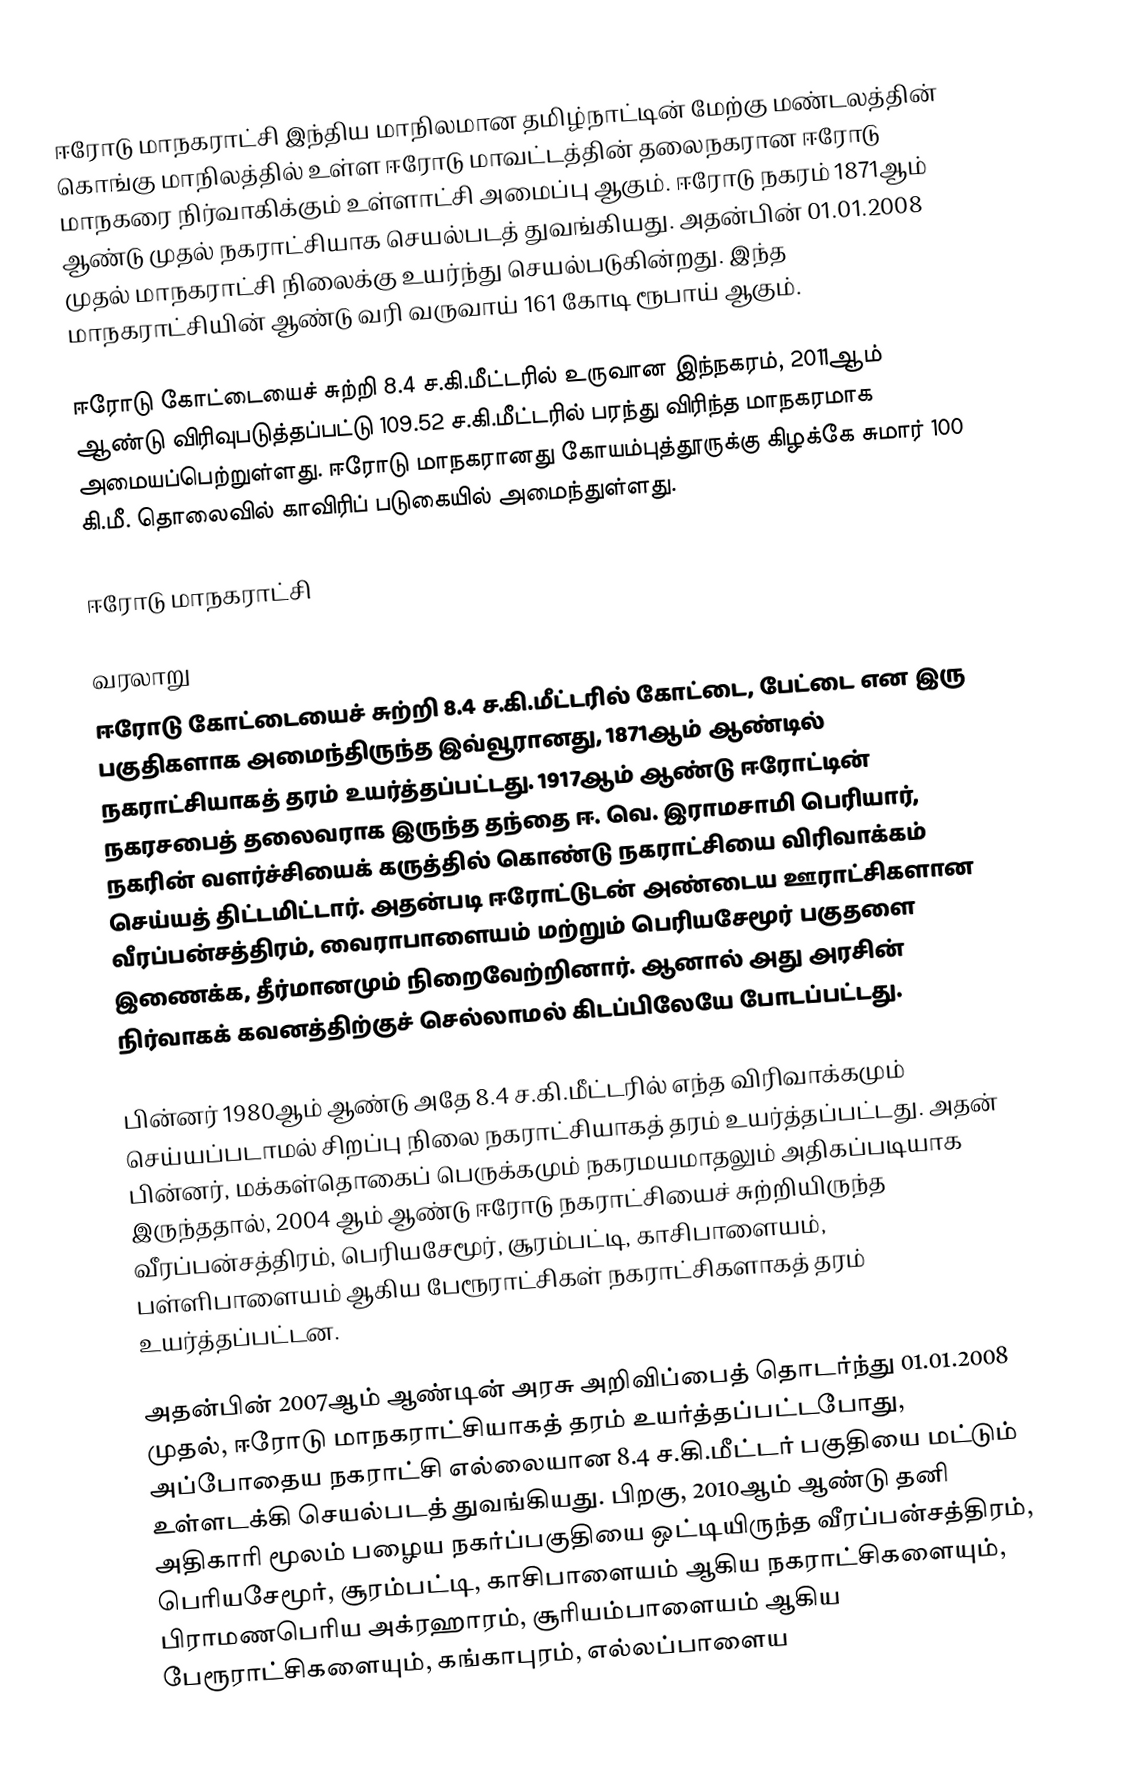
ஈரோடு மாநகராட்சி இந்திய மாநிலமான தமிழ்நாட்டின் மேற்கு மண்டலத்தின் கொங்கு மாநிலத்தில் உள்ள ஈரோடு மாவட்டத்தின் தலைநகரான ஈரோடு மாநகரை நிர்வாகிக்கும் உள்ளாட்சி அமைப்பு ஆகும். ஈரோடு நகரம் 1871ஆம் ஆண்டு முதல் நகராட்சியாக செயல்படத் துவங்கியது. அதன்பின் 01.01.2008 முதல் மாநகராட்சி நிலைக்கு உயர்ந்து செயல்படுகின்றது. இந்த மாநகராட்சியின் ஆண்டு வரி வருவாய் 161 கோடி ரூபாய் ஆகும்.

ஈரோடு கோட்டையைச் சுற்றி 8.4 ச.கி.மீட்டரில் உருவான இந்நகரம், 2011ஆம் ஆண்டு விரிவுபடுத்தப்பட்டு 109.52 ச.கி.மீட்டரில் பரந்து விரிந்த மாநகரமாக அமையப்பெற்றுள்ளது. ஈரோடு மாநகரானது கோயம்புத்தூருக்கு கிழக்கே சுமார் 100 கி.மீ. தொலைவில் காவிரிப் படுகையில் அமைந்துள்ளது.

ஈரோடு மாநகராட்சி

வரலாறு
ஈரோடு கோட்டையைச் சுற்றி 8.4 ச.கி.மீட்டரில் கோட்டை, பேட்டை என இரு பகுதிகளாக அமைந்திருந்த இவ்வூரானது, 1871ஆம் ஆண்டில் நகராட்சியாகத் தரம் உயர்த்தப்பட்டது. 1917ஆம் ஆண்டு ஈரோட்டின் நகரசபைத் தலைவராக இருந்த தந்தை ஈ. வெ. இராமசாமி பெரியார், நகரின் வளர்ச்சியைக் கருத்தில் கொண்டு நகராட்சியை விரிவாக்கம் செய்யத் திட்டமிட்டார். அதன்படி ஈரோட்டுடன் அண்டைய ஊராட்சிகளான வீரப்பன்சத்திரம், வைராபாளையம் மற்றும் பெரியசேமூர் பகுதளை இணைக்க, தீர்மானமும் நிறைவேற்றினார். ஆனால் அது அரசின் நிர்வாகக் கவனத்திற்குச் செல்லாமல் கிடப்பிலேயே போடப்பட்டது.

பின்னர் 1980ஆம் ஆண்டு அதே 8.4 ச.கி.மீட்டரில் எந்த விரிவாக்கமும் செய்யப்படாமல் சிறப்பு நிலை நகராட்சியாகத் தரம் உயர்த்தப்பட்டது. அதன் பின்னர், மக்கள்தொகைப் பெருக்கமும் நகரமயமாதலும் அதிகப்படியாக இருந்ததால், 2004 ஆம் ஆண்டு ஈரோடு நகராட்சியைச் சுற்றியிருந்த வீரப்பன்சத்திரம், பெரியசேமூர், சூரம்பட்டி, காசிபாளையம், பள்ளிபாளையம் ஆகிய பேரூராட்சிகள் நகராட்சிகளாகத் தரம் உயர்த்தப்பட்டன.

அதன்பின் 2007ஆம் ஆண்டின் அரசு அறிவிப்பைத் தொடர்ந்து 01.01.2008 முதல், ஈரோடு மாநகராட்சியாகத் தரம் உயர்த்தப்பட்டபோது, அப்போதைய நகராட்சி எல்லையான 8.4 ச.கி.மீட்டர் பகுதியை மட்டும் உள்ளடக்கி செயல்படத் துவங்கியது. பிறகு, 2010ஆம் ஆண்டு தனி அதிகாரி மூலம் பழைய நகர்ப்பகுதியை ஒட்டியிருந்த வீரப்பன்சத்திரம், பெரியசேமூர், சூரம்பட்டி, காசிபாளையம் ஆகிய நகராட்சிகளையும், பிராமணபெரிய அக்ரஹாரம், சூரியம்பாளையம் ஆகிய பேரூராட்சிகளையும், கங்காபுரம், எல்லப்பாளைய